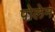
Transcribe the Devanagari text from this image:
पोलेम